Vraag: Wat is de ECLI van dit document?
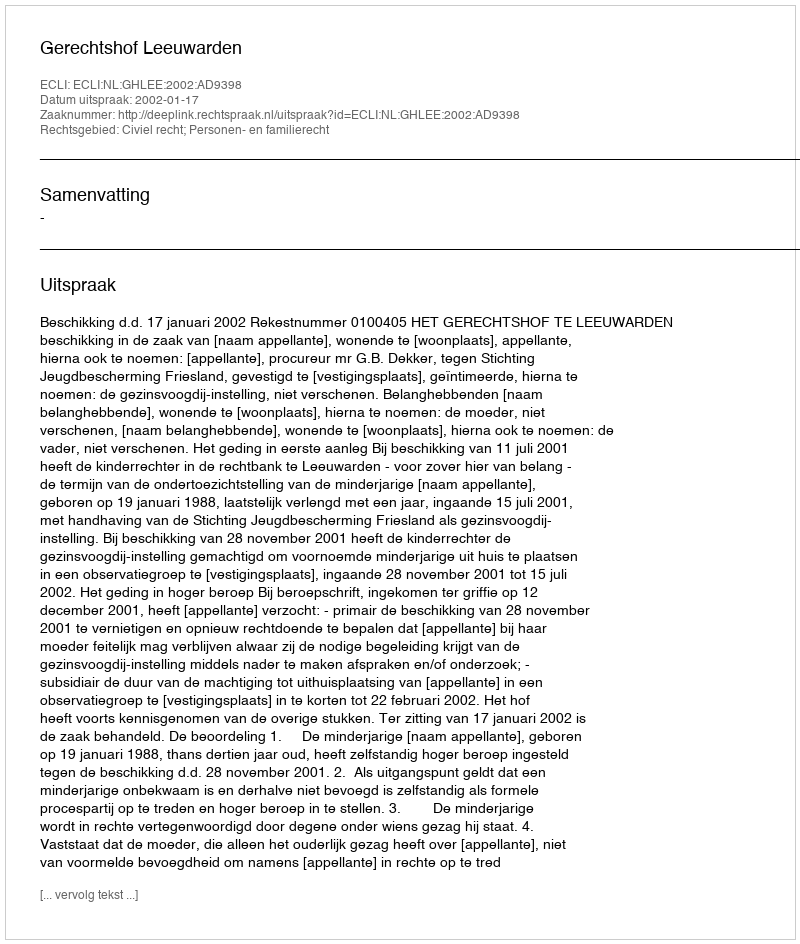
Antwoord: ECLI:NL:GHLEE:2002:AD9398